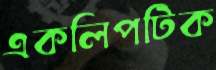
একলিপটিক